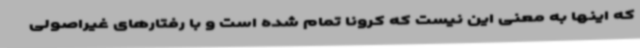
که اینها به معنی این نیست که کرونا تمام شده است و با رفتارهای غیراصولی